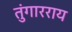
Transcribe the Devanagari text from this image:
तुंगारराय